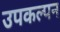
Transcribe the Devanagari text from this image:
उपकल्पन